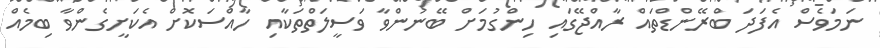
ނަމަވެސް އެފަދަ ބްރޭންޑްތައް ރާއްޖޭގައި ހިންގުމަށް ބޭނުންވާ ވަސީލަތްތަކާއި ހާއްސަކޮށް އެކަށީގެންވާ ބިމެއް